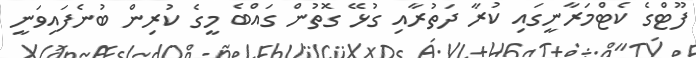
ފޫޓްގެ ކެޓްމަރާނީގައި ކުރާ ދަތުރާއި ގުޅޭ ގޮތުން ގައްބެ މީގެ ކުރިން ބުނެފައިވަނީ